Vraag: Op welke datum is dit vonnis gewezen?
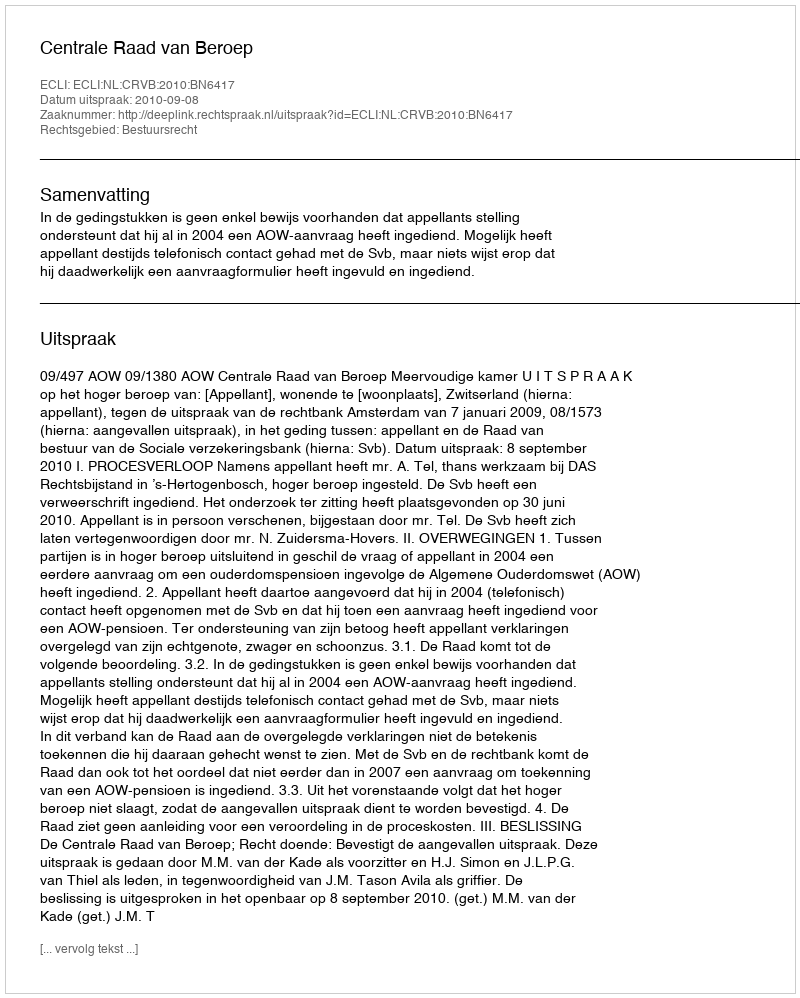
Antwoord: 2010-09-08